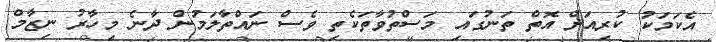
އެކަމަކު ކުރިއަށް އޮތް ތަނުގައި މަސްތުވާތަކެތި ވެސް ނައްތާލަމުން ދާނެ މިހާރު ނިޒާމް